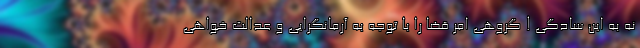
نه به این سادگی ! گروهی امر قضا را با توجه به آرمانگرایی و عدالت خواهی